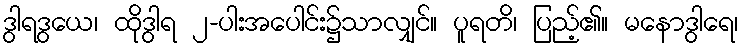
ဒွါရဒွယေ၊ ထိုဒွါရ ၂-ပါးအပေါင်း၌သာလျှင်။ ပူရတိ၊ ပြည့်၏။ မနောဒွါရေ၊